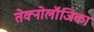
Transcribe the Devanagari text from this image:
तेक्नोलॉजिका